Vital statistics of India. Vol. IV, Annual returns from 1871 to 1876. British Army of India, Native Army and jails of Bengal
Year: 1871
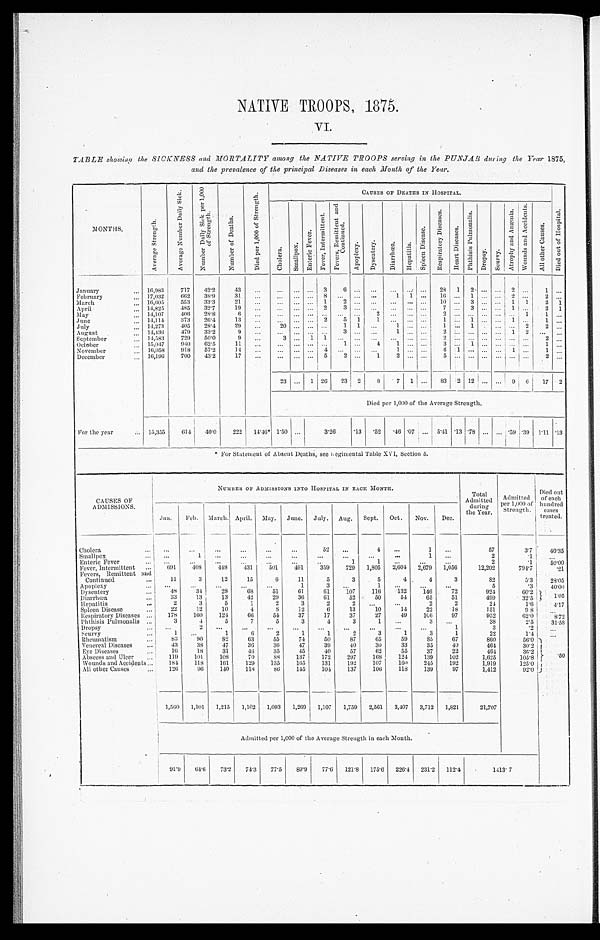
NATIVE TROOPS, 1875.
VI
TABLE showing the SICKNESS and MORTALITY among the NATIVE TROOPS serving in the PUNJAB during the Year 1875,
and the prevalence of the principal Diseases in each Month of the Year.
MONTHS,
A v e r a g e S t r e n g t h .
A v e r a g e N u m b e r D a i l y S i c k .
N u m b e r D a i l y s i c k P e r 1 , 0 0 0 o f - S t r e n g t h .
N u m b e r o f D e a t h s .
D i e d p e r 1 , 0 0 0 o f S t r e n g t h .
CAUSES OF DEATHS IN HOSPITAL.
C h o l e r a . S m a l l p o x .
E n t e r i c F e v e r .
F e v e r , I n t e r m i t t e n t .
F e v e r s . R e m i t t e n t a n d C o n t i n u e d .
A p o p l e x y . D y s e n t e r y . D i a r r h œ a . H e p a t i t i s .
S p l e e n D i s e a s e .
R e s p i r a t o r y D i s e a s e s .
H e a r t D i s e a s e s .
P h t h i s i s P u l m o n a l i s . D
D r o p s y . Scurvy.
A t r o p h y a n d A n æ m i a . W o u n d s a n d A c c i d e n t s .
A l l o t h e r C a u s e s .
D i e d o u t o f H o s p i t a l .
January
... 16,983
717 42.2
43 ...
... ... ... 3
6 . . .
. . .
. . . . . . . . .
. . . 2 8 1 2 . . . 2 . . .
1
. . .
February
... 17,032
662 38.9
31
. . . ... ... ... 8
. . .
. . .
. . .
1 1 ... 16 ... 1 ... ... . . . 2
. . .
2
. . .
March
... 16,605 553 33.3
21
. . .
. . .
. . . . . . 1
2 . . .
. . .
. . . . . . . . .
1 0 . . . 3 . . . . . . 1 . . . 2 1
April
... 14,825
485 32.7
19
. . .
. . . . . . . . . 2
3 . . .
. . .
. . . . . . . . .
7
. . . 3 . . . . . . 1
2 1
May
... 14,107
406 28.8
6
. . . ... ...
. . . . . .
. . .
. . .
2
. . . . . . . . .
2
. . . . . . . . . . . . . . . 1 1
. . .
June
... 14,114
373 26.4
13
. . . ... ... ... 2
5 1
1 ... .. ...
1
. . . . . . 1 . . . 1 . . . 1
. . .
July
... 14,273
405 28.4
29 ...
2 0 . . . . . . . . . 1 1 ...
1 . . . . . .
1
. . . 1 . . . . . . . . . 2
2
. . .
August
... 14,436
479 33.2
9 ...
... ...
. . . . . .
3 . . .
. . .
1 . . . . . .
2
. . . . . . . . . . . . 1 2
. . .
. . .
September
... 14,583
729 50.0
9
. . .
3 . . . 1 1
. . . . . .
. . .
. . . ... ...
2
. . . . . . . . . . . . . . . . . .
2
. . .
October
... 15,047
940 62.5
11 ...
... ... ... ...
1 ...
4
1 . . . . . .
3
. . . 1 . . . . . . . . . . . . 1 ...
November
... 16,058 918 57.2
14
. . .
. . .
. . . ... 4
. . . ... . . . 1
. . . . . . 6 1
. . . . . . . . . 1
. . . 1
. . .
December
... 16,196 700 43.2
17 ...
... ... ... 5
2
. . . 1
2 . . . . . .
5
. . . . . . . . . . . . . . . . . .
2
. . .
23
. . . 1 26 23 2
8 7
1 ... 83 2 12 ... ... 9 6 17 2
Died per 1,000 of the Average Strength.
For the year
... 15,355 614 4 0 . 0
222 14.46* 1.50 ...
3.26
. 1 3
. 5 2
. 4 6 . 0 7 ... 5.41 . 1 3 . 7 8 ... ...
. 5 9 . 3 9 1.11 . 1 3
* For Statement of Absent Deaths, see Regimental Table XVI, Section 5.
CAUSES OF
ADMISSIONS.
NUMBER OF ADMISSIONS INTO HOSPITAL IN EACH MONTH.
Total
Admitted
during
the Year.
A d m i t t e d p e r 1 , 0 0 0 o f S t r e n g t h .
Died out
of each hundred
cases
treated.
Jan. Feb. March. April. May. June. July. Aug. Sept. Oct. Nov. Dec.
Cholera
...
. . .
. . .
. . .
...
...
...
52
. . .
4
. . .
1 ...
57
3.7
40.35
Smallpox
...
. . .
1 ...
...
...
...
...
...
...
. . .
1 ...
2
. 1 ...
Enteric Fever
... ...
...
...
...
...
...
. . .
1
1 ...
...
...
2
. 1
50.00
Fever, Intermittent ... 691
408
448
431
501
491
359
729 1,805 2,604 2,679 1,056
12,202
794.7
. 2 1
Fevers, Remittent and
Continued
...
11
3
12
15
6
11
5
3
5
4
4
3
82
5.3
28.05
Apoplexy
... ...
...
...
...
...
1
3
. . .
1
. . . . . .
...
5
. 3 40.00
Dysentery
...
48
34
28
68
51
61
61
107
116
132
146
72
924
60.2
1 . 0 5
Diarrhœa
...
33
13
13
42
29
36
61
52
50
54
65
51
499
32.5
Hepatitis
...
2
3
5
1
2
3
2
2
. . . ...
2
2
24
1.6
4.17
Spleen Disease
...
22
12
10
4
8
12
6
13
10
14
22
18
151
9 8
. . .
Respiratory Diseases ...
178
160
124
66
54
37
17
37
27
49
106
97
952
62.0
8.72
Phthisis pulmonalis ...
3
4
5
7
5
3
4
3
1
. . .
3 ...
38
2.5
31.58
Dropsy
... ...
2
. . ...
...
...
. . .
. . .
...
...
...
1
3
. 2 ...
Scurvy
...
1 ...
1
6
2
1
1
2
3
1
3
1
22
1.4
Rheumatism
...
83
90
82
63
55
74
50
87
65
59
8 5
67
860
56.0 1
Venereal Diseases
...
43
38
47
36
36
47
39
40
30
33
35
40
464
30.2
Eye Diseases
...
16
18
31
46
35
45
40
57
62
55
37
22
464
30.2
Abscess and Ulcer ... 119
101
108
70
8 8 137
172 297
168
124
139
102
1,625
105.8
.50
Wounds and Acciden ts
...
184 118
161
129 135
165
131
192
107
160 245
192
1,919
125.0
All other Causes
... 126
96
140
118
86
145
104 137
106
118
139
97
1,412
92.0
1,560 1,101 1,215 1,102 1,093 1,269 1,107 1,759 2,561 3,407 3,712 1,821
21,707
Admitted per 1,000 of the Average Strength in each Month.
91.9 64.6 73.2 74.3 77.5 89.9 77.6 121.8 175.6 226.4 231.2 112.4
1413.7